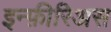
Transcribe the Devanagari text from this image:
इन्फ़ीरिअस